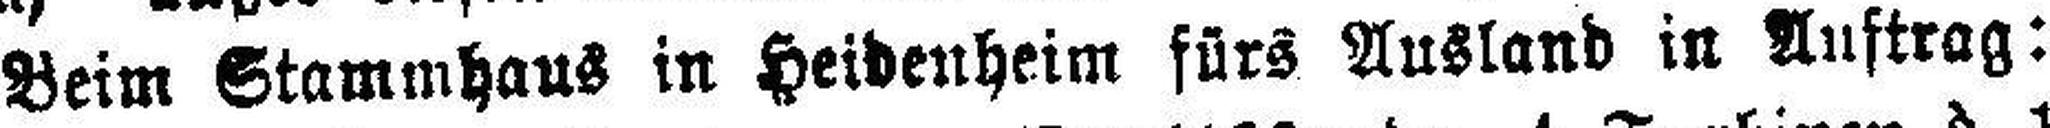
Beim Stammhaus in Heidenheim fürs Ausland in Auftrag: